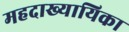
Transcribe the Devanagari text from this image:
महदाख्यायिका